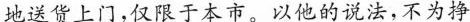
地送货上门，仅限千木市，以他的说法，不为挣